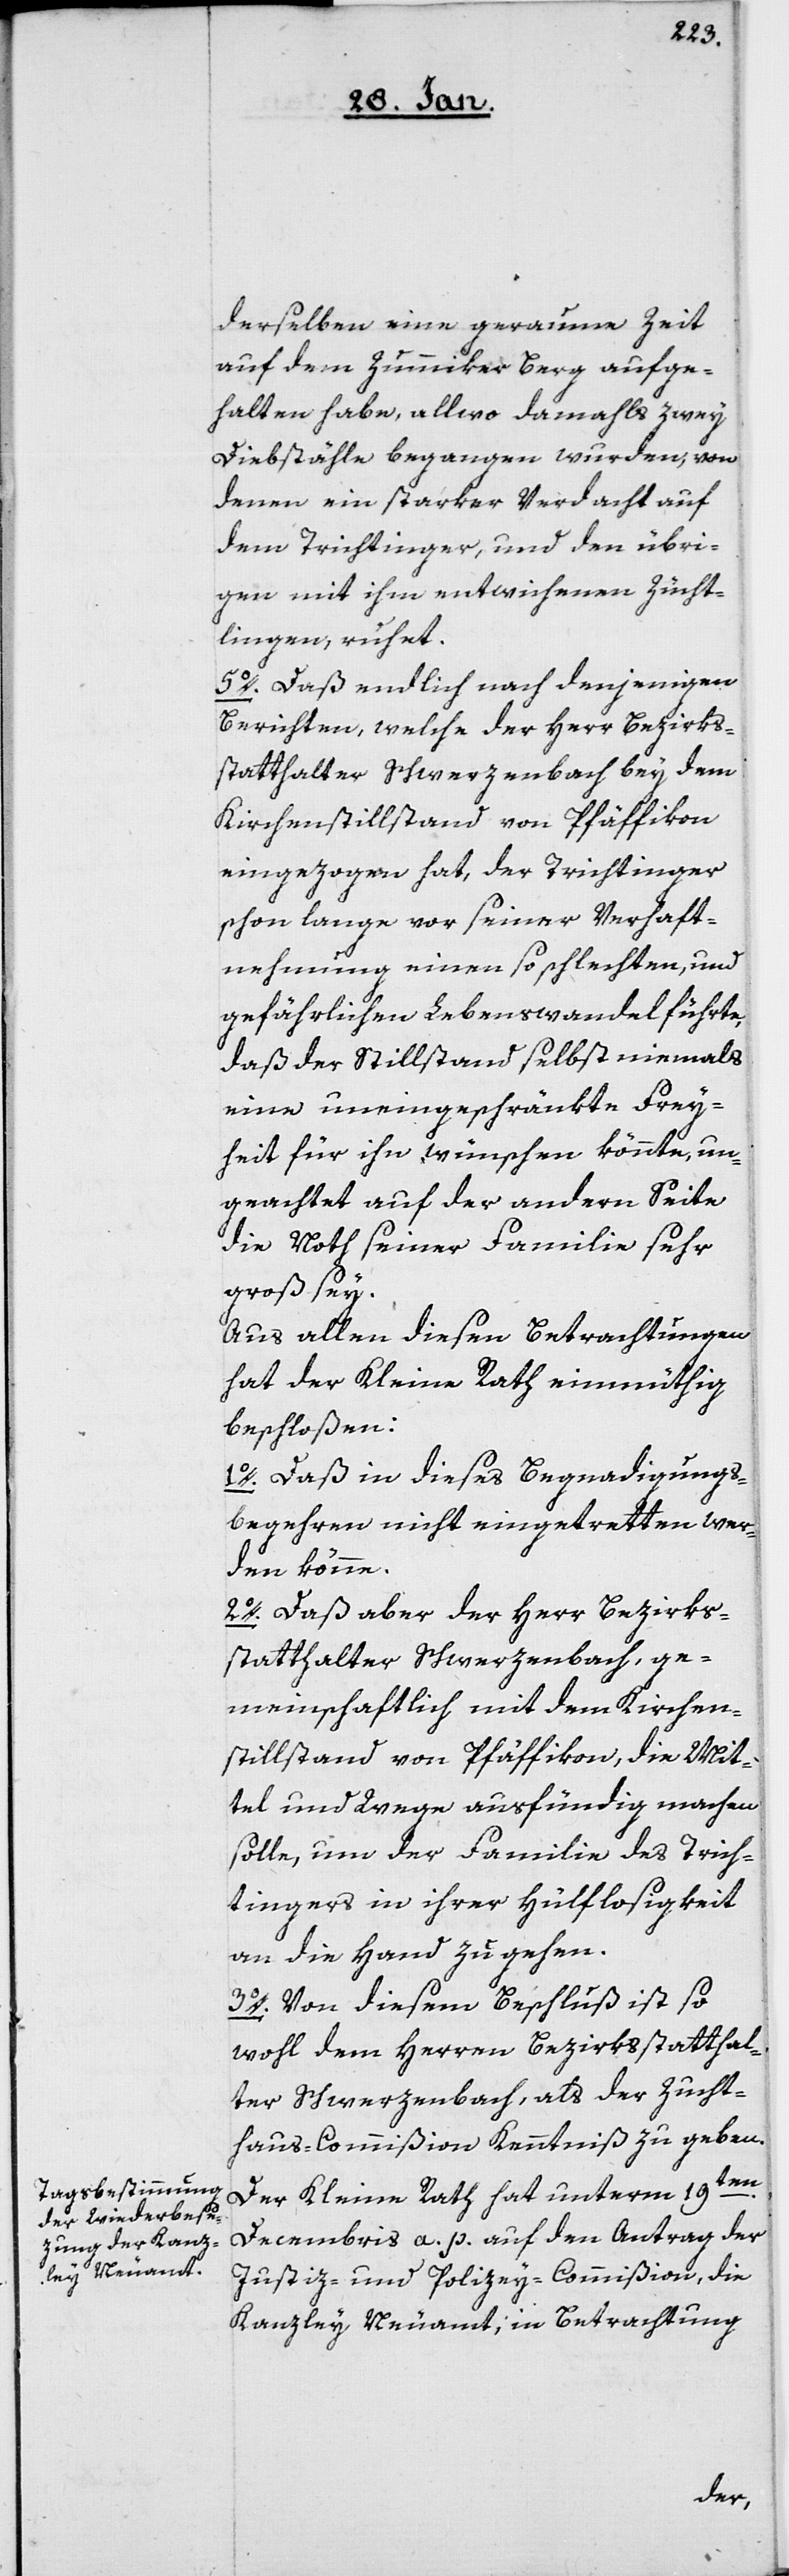
derselben eine geraume Zeit
auf dem Zummikerberg aufge¬
halten habe, allwo damahls zwey
Diebstähle begangen wurden, von
denen ein starker Verdacht auf
dem Trichtinger, und den übri¬
gen mit ihm entwichenen Zücht¬
lingen, ruhet.
5o. Daß endlich nach denjenigen
Berichten, welche der Herr Bezirks¬
statthalter Schwerzenbach bey dem
Kirchenstillstand von Pfäffikon
eingezogen hat, der Trichtinger
schon lange vor seiner Verhaft¬
nehmung einen so schlechten, und
gefährlichen Lebenswandel führte,
daß der Stillstand selbst niemals
eine uneingeschränkte Frey¬
heit für ihn wünschen könnte, un¬
geachtet auf der andern Seite
die Noth seiner Familie sehr
groß sey.
Aus allen diesen Betrachtungen
hat der Kleine Rath einmüthig
beschloßen:
1o.) Daß in dieses Begnadigungs¬
begehren nicht eingetretten wer¬
den könne.
2o.) Daß aber der Herr Bezirks¬
statthalter Schwerzenbach, ge¬
meinschaftlich mit dem Kirchen¬
stillstand von Pfäffikon, die Mit¬
tel und Wege ausfündig machen
solle, um der Familie des Trich¬
tingers in ihrer Hülflosigkeit
an die Hand zu gehen.
3o.) Von diesem Beschluß ist so¬
wohl dem Herren Bezirksstatthal¬
ter Schwerzenbach, als der Zucht¬
haus-Commißion Kenntniß zu geben.
Der Kleine Rath hat unterm 19ten.
Decembris a. p. auf den Antrag der
Justiz- und Polizey-Commißion, die
Kanzley Neuamt, in Betrachtung